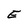
Character: E